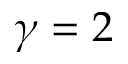
\gamma = 2